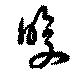
暖